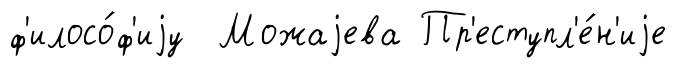
ф'илосо́ф'иjу Можаjева Пр'еступл'е́н'иjе